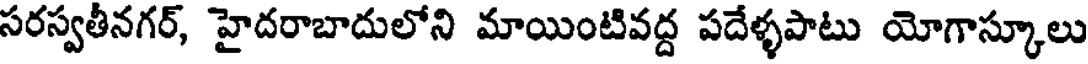
సరస్వతీనగర్, హైదరాబాదులోని మాయింటివద్ద పదేళ్ళపాటు యోగాస్కూలు